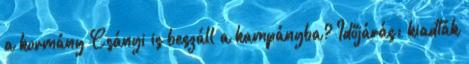
a kormány Csányi is beszáll a kampányba? Időjárás: kiadták